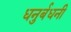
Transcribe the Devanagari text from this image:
धनुर्बधनी